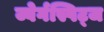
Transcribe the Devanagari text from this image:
ज्वेर्गस्पिट्ज